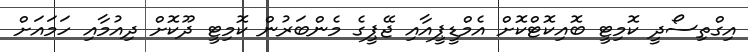
އިގްތިސޯދީ ކޮމިޓީ ބޮއިކޮޓްކޮށް އެމްޑީޕީއާއި ޖޭޕީގެ މެންބަރުން ކޮމިޓީ ދޫކޮށް ދިއުމާއި ހަމައަށްް